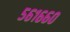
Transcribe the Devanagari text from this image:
५६१६६०